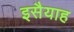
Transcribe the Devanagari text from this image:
इसैयाह